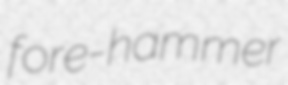
fore-hammer